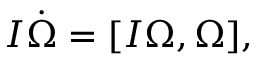
\begin{array} { r } { I \dot { \boldsymbol \Omega } = [ I { \boldsymbol \Omega } , { \boldsymbol \Omega } ] , } \end{array}